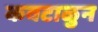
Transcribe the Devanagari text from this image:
कवटाळुन